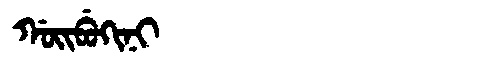
Manchu: ᡤᠣᡳᠪᡠᡴᡳᠨᡳ
Romanization: GOIBUKINI